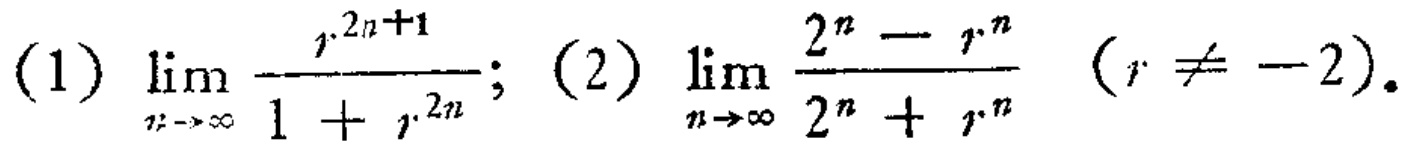
(1) \(\lim_{n \to \infty} \frac{r^{2n + 1}}{1 + r^{2n}}\); (2) \(\lim_{n \to \infty} \frac{2^{n}-r^{n}}{2^{n}+r^{n}}\) (\(r\neq - 2\)).